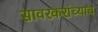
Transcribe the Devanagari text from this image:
सावरकरांच्याच